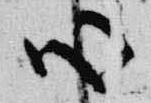
心